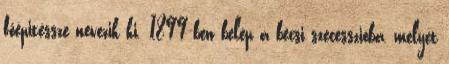
főépitéssze nevezik ki. 1899-ben belép a bécsi szecesszióba, melyet